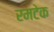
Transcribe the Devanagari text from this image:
रमटेक